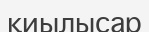
қиылысар